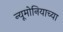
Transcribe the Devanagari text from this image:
न्यूमोनियाच्या